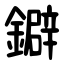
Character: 鐴